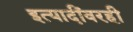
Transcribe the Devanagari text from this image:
इत्यादींवरही